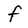
Character: f